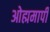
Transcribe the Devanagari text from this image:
ओह्ममापी